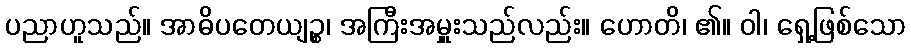
ပညာဟူသည်။ အာဓိပတေယျဉ္စ၊ အကြီးအမှူးသည်လည်း။ ဟောတိ၊ ၏။ ဝါ၊ ရှေ့ဖြစ်သော